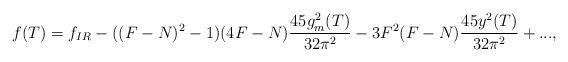
LaTeX: \begin{align*} f(T) = f_{IR} - ((F-N)^{2} -1)(4F-N)\frac{45g_{m}^{2}(T)}{32 \pi^2} -3F^{2}(F-N) \frac{45y^{2}(T)}{32 \pi^2} +...,\end{align*}